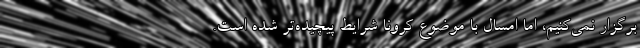
برگزار نمی‌کنیم، اما امسال با موضوع کرونا شرایط پیچیده‌تر شده است.